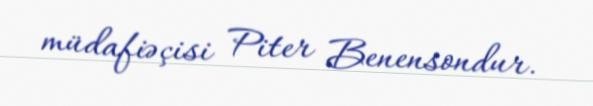
müdafiəçisi Piter Benensondur.